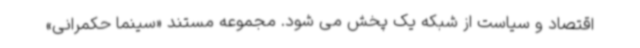
اقتصاد و سیاست از شبکه یک پخش می شود. مجموعه مستند «سینما حکمرانی»